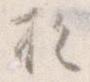
お